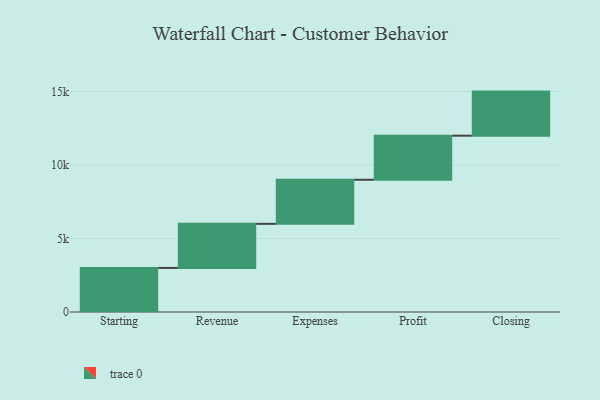
{"axis": {"x": "Step", "y": "Value"}, "legend": [""], "data": [{"x": "Starting", "y": 3000, "type": ""}, {"x": "Revenue", "y": 3000, "type": ""}, {"x": "Expenses", "y": 3000, "type": ""}, {"x": "Profit", "y": 3000, "type": ""}, {"x": "Closing", "y": 3000, "type": ""}]}